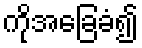
ကိုအခြေခံ၍